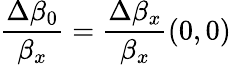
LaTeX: \frac{\Delta\beta_{0}}{\beta_{x}}=\frac{\Delta\beta_{x}}{\beta_{x}}(0,0)